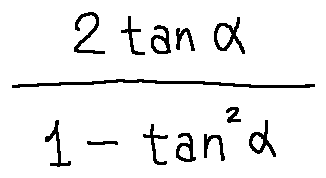
\frac { 2 \tan \alpha } { 1 - \tan ^ { 2 } \alpha }